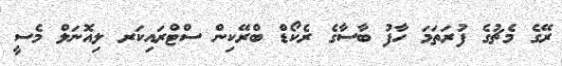
ރޭގެ މެޗުގެ ފުރަތަމަ ހާފު ބާސާގެ ރެކޯޑް ބްރޭކިން ސްޓްރައިކަރ ލިއޮނަލް މެސީ